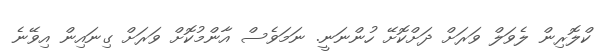
ކްލޮރިން ލެވަލް ވަރަށް ދަށްކޮށޭ ހުންނަނީ. ނަމަވެސް އާންމުކޮށް ވަރަށް ގިނައިން އިވޭނެ